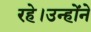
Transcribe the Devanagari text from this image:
रहे।उन्होंने